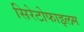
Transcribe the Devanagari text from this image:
सिरेटोफाइलम